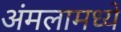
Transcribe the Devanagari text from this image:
अंमलामध्यें